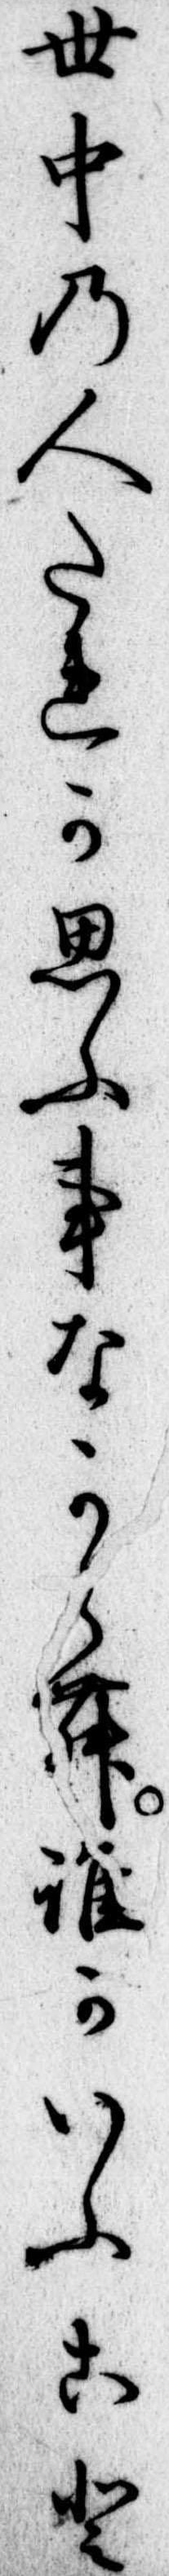
世中の人たれか思ふ事なからむ誰かいふこと